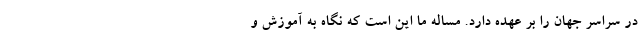
در سراسر جهان را بر عهده دارد. مساله ما این است که نگاه به آموزش و